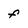
Character: f